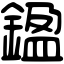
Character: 𨩙